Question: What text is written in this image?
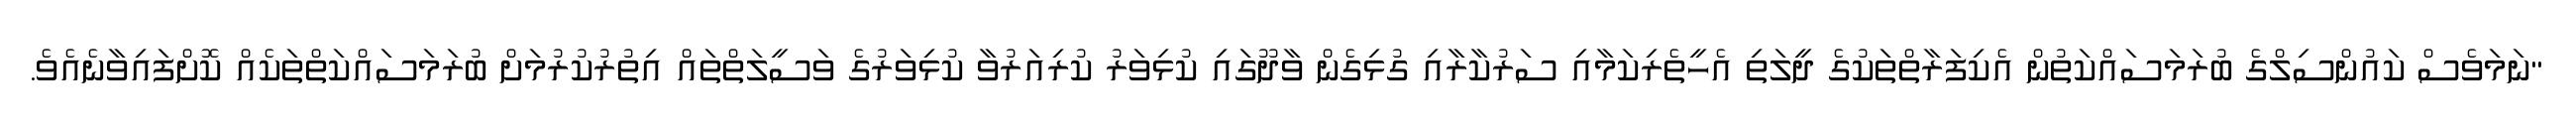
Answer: "ނަމަވެސް ކައުންސިލްގެ ބުރަމަސައްކަތުން އެކިފަރާތްތަކުގެ ދީލަތި އެހީތެރިކަމާއި ސަރުކާރާއި ގުޅިގެން ވާދޫގައި ކުޅިވަރު ކުރިއަރުވާ ކުޅިވަރުގެ ވަސީލަތްތައް އިތުރުކުރުމަށް ބުރަމަސައްކަތްތަކެއް ކޮށްފައިވާނެއެވެ.